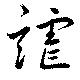
謔